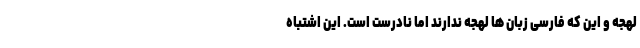
لهجه و این که فارسی زبان ها لهجه ندارند اما نادرست است. این اشتباه